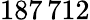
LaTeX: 187\, 712